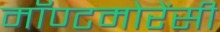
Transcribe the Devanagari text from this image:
मॉण्टमोरेंसी